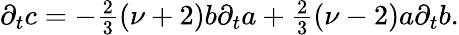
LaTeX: \partial_{t}c=-{\textstyle{\frac{2}{3}}}(\nu+2)b\partial_{t}a+{\textstyle{\frac{2}{3}}}(\nu-2)a\partial_{t}b.